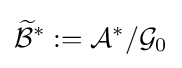
{\widetilde {\mathcal {B}}}^{*}:={\mathcal {A}}^{*}/{\mathcal {G}}_{0}